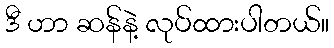
ဒီ ဟာ ဆန်နဲ့ လုပ်ထားပါတယ်။